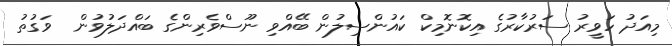
މިއަދު ހަވީރު ސަރުކާރުގެ އިކޮނޮމިކް ކައުންސިލުން ބޭއްވި ނޫސްވެރިންގެ ބައްދަލުވުން  ވަގުތު